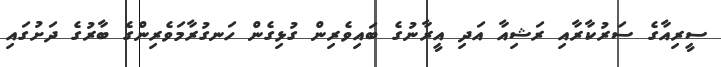
ސީރިއާގެ ސަރުކާރާއި ރަޝިއާ އަދި އީރާނުގެ ބައިވެރިން ގުޅިގެން ހަނގުރާމަވެރިންގެ ބާރުގެ ދަށުގައި